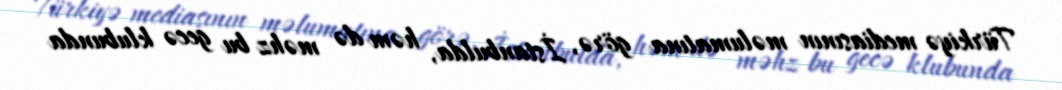
Türkiyə mediasının məlumatına görə, İstanbulda, həm də məhz bu gecə klubunda